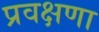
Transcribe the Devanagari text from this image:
प्रवक्षणा